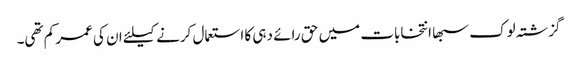
گزشتہ لوک سبھا انتخابات میں حق رائے دہی کا استعمال کرنے کیلئے ان کی عمر کم تھی۔